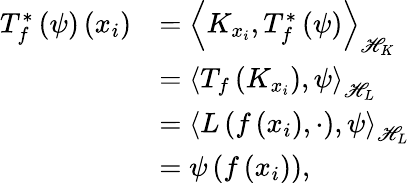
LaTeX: \begin{array}{rl}{T_{f}^{*}\left(\psi\right)\left(x_{i}\right)}&{=\left\langle K_{x_{i}},T_{f}^{*}\left(\psi\right)\right\rangle_{\mathscr{H}_{K}}}\\ &{=\left\langle T_{f}\left(K_{x_{i}}\right),\psi\right\rangle_{\mathscr{H}_{L}}}\\ &{=\left\langle L\left(f\left(x_{i}\right),\cdot\right),\psi\right\rangle_{\mathscr{H}_{L}}}\\ &{=\psi\left(f\left(x_{i}\right)\right),}\end{array}